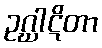
ဥဂ္ဃါဋိတာ